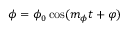
\phi = \phi _ { 0 } \cos ( m _ { \phi } t + \varphi )